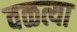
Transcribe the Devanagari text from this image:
वळत्या